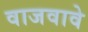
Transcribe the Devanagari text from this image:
वाजवावे